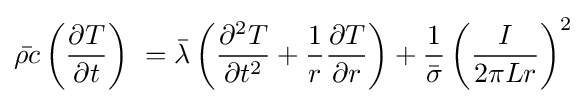
{\bar {\rho \,\!c}}\left({\frac {\partial T}{\partial t}}\right)\ ={\bar {\lambda }}\left({\frac {\partial ^{2}T}{\partial t^{2}}}+{\frac {1}{r}}{\frac {\partial T}{\partial r}}\right)+{\frac {1}{\bar {\sigma }}}\left({\frac {I}{2{\pi }Lr}}\right)^{2}